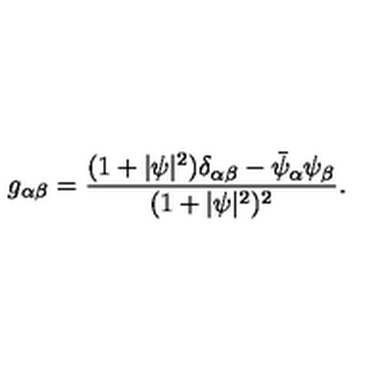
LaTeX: g _ { \alpha \beta } = \frac { ( 1 + \vert \psi \vert ^ { 2 } ) \delta _ { \alpha \beta } - \bar { \psi } _ { \alpha } \psi _ { \beta } } { ( 1 + \vert \psi \vert ^ { 2 } ) ^ { 2 } } .